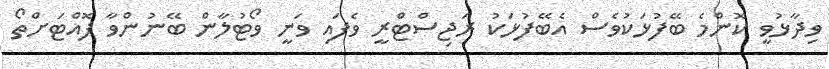
ވިދާޅުވީ ކޮންމެ ބޭފުޅަކުވެސް އެބޭފުޅަކު ރަޖިސްޓްރީ ވެފައި ވަނީ ވޯޓުލާން ބޭނުންވާ ފޮއްޓަށްތޯ